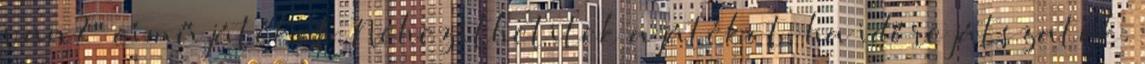
van?" című játékot. Nehezíthetitek a játékot, ha időre játszatok.